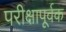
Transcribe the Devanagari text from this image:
परीक्षापूर्वक